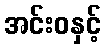
အင်းဝနှင့်